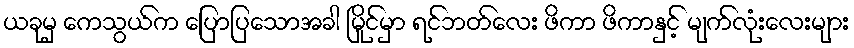
ယခုမှ ကေသွယ်က ပြောပြသောအခါ မြိုင်မှာ ရင်ဘတ်လေး ဖိကာ ဖိကာနှင့် မျက်လုံးလေးများ